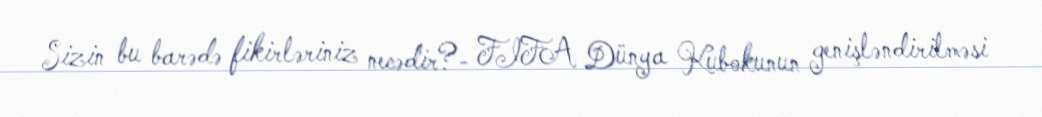
Sizin bu barədə fikirləriniz necədir?- FIFA Dünya Kubokunun genişləndirilməsi